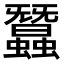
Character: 蠶